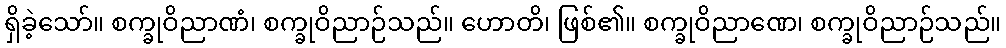
ရှိခဲ့သော်။ စက္ခုဝိညာဏံ၊ စက္ခုဝိညာဉ်သည်။ ဟောတိ၊ ဖြစ်၏။ စက္ခုဝိညာဏေ၊ စက္ခုဝိညာဉ်သည်။